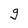
Character: g